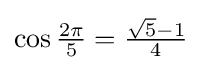
\cos {\tfrac {2\pi }{5}}={\tfrac {{\sqrt {5}}-1}{4}}